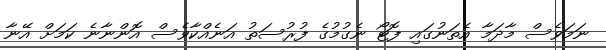
ނަމަވެސް މާދަމާ އެތަނުގައި ފޮޓޯ ނެގުމުގެ ފުރުސަތު އަނެއްކާވެސް އޮންނާނެ ކަމަށް އޭނާ